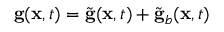
{ \bf g } ( { \bf x } , t ) = \tilde { \bf g } ( { \bf x } , t ) + \tilde { \bf g } _ { b } ( { \bf x } , t )